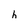
Character: h